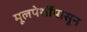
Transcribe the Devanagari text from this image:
मूलपेशींपासून